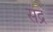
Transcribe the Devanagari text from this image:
संद्र